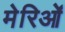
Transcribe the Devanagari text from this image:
मेरिओं